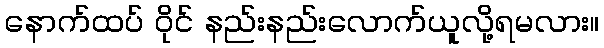
နောက်ထပ် ဝိုင် နည်းနည်းလောက်ယူလို့ရမလား။